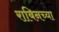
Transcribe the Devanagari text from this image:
राबिनच्या